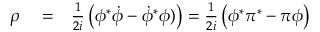
\begin{array} { r l r } { \rho } & { { } = } & { { \frac { 1 } { 2 i } } \left( \phi ^ { * } \dot { \phi } - \dot { \phi } ^ { * } \phi ) \right) = { \frac { 1 } { 2 i } } \left( \phi ^ { * } \pi ^ { * } - \pi \phi \right) } \end{array}